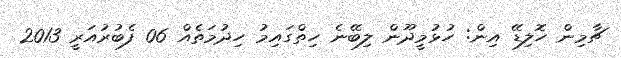
ޗާމިން ހޮލިޑޭ އިން: ހުޅުމީދޫން ލިބޭނެ ހިތްގައިމު ހިދުމަތެއް 06 ފެބުރުއަރީ 2013